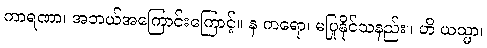
ကာရဏာ၊ အဘယ်အကြောင်းကြောင့်။ န ကရော၊ မပြုနိုင်သနည်း။ ဟိ ယသ္မာ၊